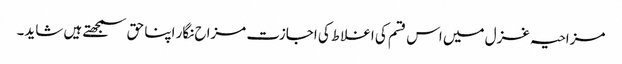
مزاحیہ غزل میں اس قسم کی اغلاط کی اجازت مزاح نگار اپنا حق سمجھتے ہیں شاید۔